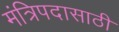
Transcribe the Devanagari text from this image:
मंत्रिपदासाठी